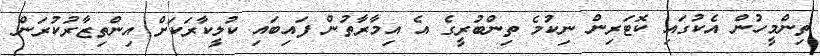
ތިންމީހުން އެކުގައި ކޮޓަރިން ނިކުމެ ތިންބުރީގެ އެ އިމާރާތުން ފައިބައި ކުލީކާރަކަށް އިންތިޒާރުކުރަން